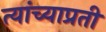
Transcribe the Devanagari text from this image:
त्यांच्याप्रती